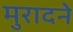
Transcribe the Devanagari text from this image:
मुरादने